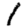
Digit: 1